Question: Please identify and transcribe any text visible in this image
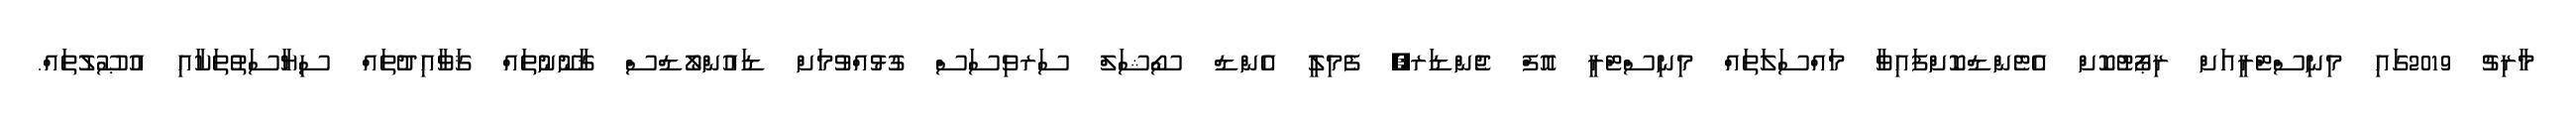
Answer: މާރިޗު 2019ގައި މިނިސްޓްރީއަށް ރިޕޯޓުކޮށް އެޓެންޑްކޮށްފައިވާ މައްސަލަތައް މިނިސްޓްރީ އޮފް ޖެންޑަރ, ފެމިލީ އެންޑް ސޯޝަލް ސަރވިސަސް ގުޅުއްވުމަށް ޑައުންލޯޑްސް ޤާނޫނުތައް ޤަވާއިދުތައް ސިޔާސަތުތަކާއި އުޞޫލުތައް.